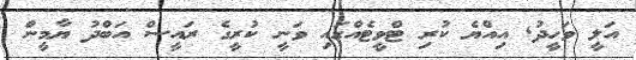
އަލީ ވަހީދު